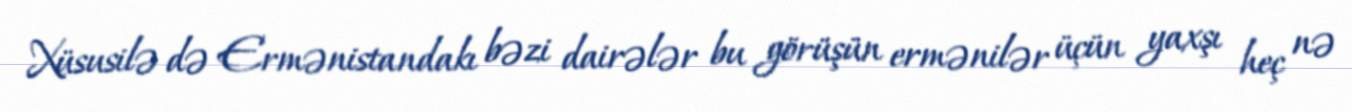
Xüsusilə də Ermənistandakı bəzi dairələr bu görüşün ermənilər üçün yaxşı heç nə